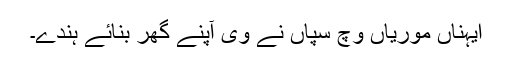
ایہناں موریاں وچ سپّاں نے وی آپنے گھر بنائے ہُندے۔